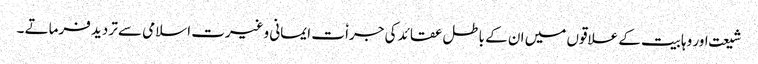
شیعت اور وہابیت کے علاقوں میں ان کے باطل عقائد کی جراٗ ت ایمانی وغیرت اسلامی سے تردید فرماتے ۔